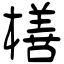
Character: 橏